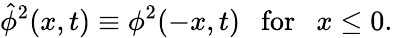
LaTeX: {\hat{\phi}}^{2}(x,t)\equiv\phi^{2}(-x,t)\ \ \ \mathrm{for}\ \ \ x\le 0.